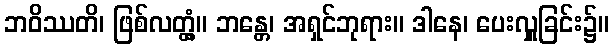
ဘဝိဿတိ၊ ဖြစ်လတ္တံ့။ ဘန္တေ၊ အရှင်ဘုရား။ ဒါနေ၊ ပေးလှူခြင်း၌။